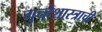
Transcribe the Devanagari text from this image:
गुन्हेशास्त्राची